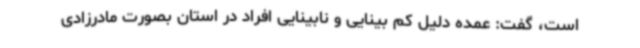
است، گفت: عمده دلیل کم بینایی و نابینایی افراد در استان بصورت مادرزادی